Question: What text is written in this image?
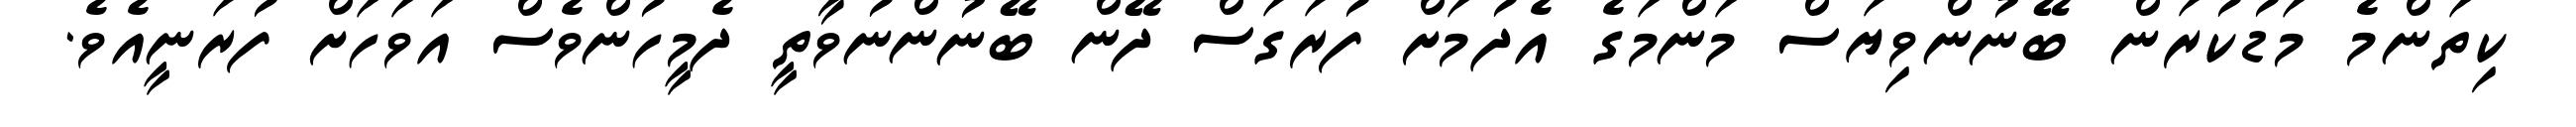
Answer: ކިތަންމެ މަޑުކުރަން ބޭނުންވިޔަސް މަންމަގެ އެދުމަށް ފުރަގަސް ދޭން ބޭނުންނުވާތީ ދެމީހުންވެސް އަވަހަށް ފުރަނީއެވެ.